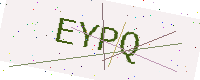
Text: EYPQ